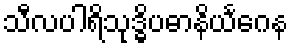
သီလပါရိသုဒ္ဓိပဓာနိယင်္ဂေန